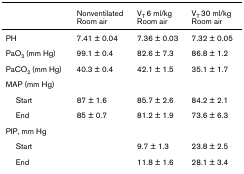
<table><thead><tr><td></td><td><b>NonventilatedRoom air</b></td><td><b>V<sub>T </sub>6 ml/kgRoom air</b></td><td><b>V<sub>T </sub>30 ml/kgRoom air</b></td></tr></thead><tbody><tr><td>PH</td><td>7.41 ± 0.04</td><td>7.36 ± 0.03</td><td>7.32 ± 0.05</td></tr><tr><td>PaO<sub>2 </sub>(mm Hg)</td><td>99.1 ± 0.4</td><td>82.6 ± 7.3</td><td>86.8 ± 1.2</td></tr><tr><td>PaCO<sub>2 </sub>(mm Hg)</td><td>40.3 ± 0.4</td><td>42.1 ± 1.5</td><td>35.1 ± 1.7</td></tr><tr><td>MAP (mm Hg)</td><td></td><td></td><td></td></tr><tr><td> Start</td><td>87 ± 1.6</td><td>85.7 ± 2.6</td><td>84.2 ± 2.1</td></tr><tr><td> End</td><td>85 ± 0.7</td><td>81.2 ± 1.9</td><td>73.6 ± 6.3</td></tr><tr><td>PIP, mm Hg</td><td></td><td></td><td></td></tr><tr><td> Start</td><td></td><td>9.7 ± 1.3</td><td>23.8 ± 2.5</td></tr><tr><td> End</td><td></td><td>11.8 ± 1.6</td><td>28.1 ± 3.4</td></tr></tbody></table>